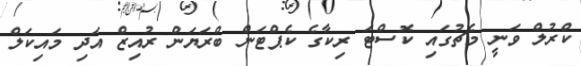
ކްރުލް ވަނީ މެޗުގައި ކޮސްޓަ ރިކާގެ ކެޕްޓަން ބްރަޔަން ރުއިޒް އަދި މައިކަލް